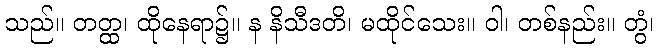
သည်။ တတ္ထ၊ ထိုနေရာ၌။ န နိသီဒတိ၊ မထိုင်သေး။ ဝါ၊ တစ်နည်း။ တွံ၊